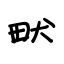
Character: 畎